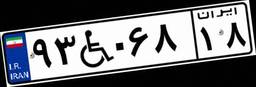
۶۰W۵۳۴۱۰